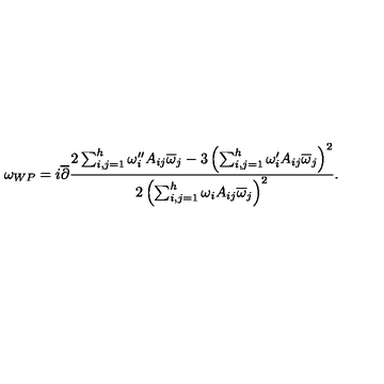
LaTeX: \omega _ { W P } = i \overline { \partial } { \frac { 2 \sum _ { i , j = 1 } ^ { h } \omega _ { i } ^ { \prime \prime } A _ { i j } \overline { \omega } _ { j } - 3 \left( \sum _ { i , j = 1 } ^ { h } \omega _ { i } ^ { \prime } A _ { i j } \overline { \omega } _ { j } \right) ^ { 2 } } { 2 \left( \sum _ { i , j = 1 } ^ { h } \omega _ { i } A _ { i j } \overline { \omega } _ { j } \right) ^ { 2 } } } .